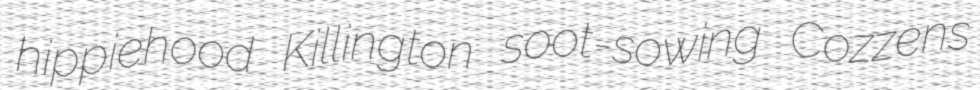
hippiehood Killington soot-sowing Cozzens